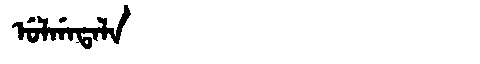
Manchu: ᡠᠯᡤᠠᡨᠠᠯᠠ
Romanization: ULGATALA